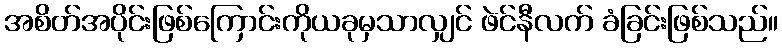
အစိတ်အပိုင်းဖြစ်ကြောင်းကိုယခုမှသာလျှင် ဖဲင်နီလက် ခံခြင်းဖြစ်သည်။